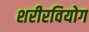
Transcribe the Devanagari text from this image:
शरीरवियोग